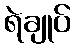
ရဲချုပ်